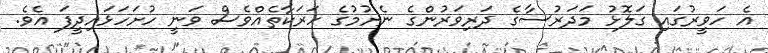
އެ ހަވީރުގައި ގަލޮޅު މަދަރުސާގެ ދަރިވަރުންގެ ނެށުމުގެ ހަރަކާތެއްވެސް ވަނީ ހުށަހަޅައިދީފަ އެވެ.